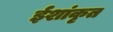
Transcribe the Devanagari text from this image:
ईशांकृत